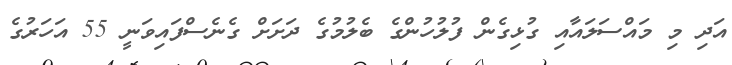
އަދި މި މައްސަލައާއި ގުޅިގެން ފުލުހުންގެ ބެލުމުގެ ދަށަށް ގެނެސްފައިވަނީ 55 އަހަރުގެ